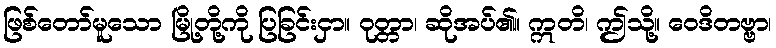
ဖြစ်တော်မူသော မြို့တို့ကို ပြခြင်းငှာ။ ဝုတ္တာ၊ ဆိုအပ်၏။ ဣတိ၊ ဤသို့။ ဝေဒိတဗ္ဗာ၊